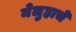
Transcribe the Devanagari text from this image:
मेलुहाचे